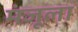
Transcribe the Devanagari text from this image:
मंजूला